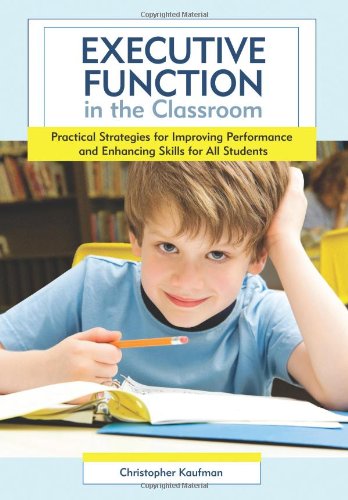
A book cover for Executive Function in the Classroom: Practical Strategies for Improving Performance and Enhancing Skills for All Students; Christopher Kaufman Ph.D.; Education & Teaching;